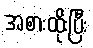
အစားထိုးပြီး